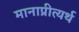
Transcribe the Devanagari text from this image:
मानाप्रीत्यर्थ